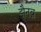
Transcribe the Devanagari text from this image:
झैनब़